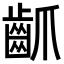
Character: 𪗢